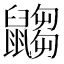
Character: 𪕾